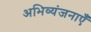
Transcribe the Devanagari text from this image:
अभिव्यंजनाएँ